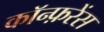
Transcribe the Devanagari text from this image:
काॅन्फ़रेंस